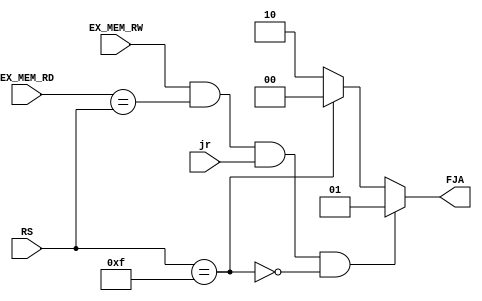
module jump_addr_forwarding(jr, EX_MEM_RW, EX_MEM_RD, RS, FJA);
input jr, EX_MEM_RW;
input[3:0] EX_MEM_RD, RS;
output [1:0] FJA;

assign FJA = (EX_MEM_RW && (EX_MEM_RD == RS)&&jr&&(~(RS == 4'hf))) ? 2'b01:     //ALU to mux
      					   (~(RS == 4'hf)) ? 2'b10:     //RF to mux
                                                          2'b00;     //r15_ff to mux

endmodule